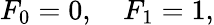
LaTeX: F_{0}=0,\quad F_{1}=1,